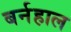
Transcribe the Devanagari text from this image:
बर्नहाल